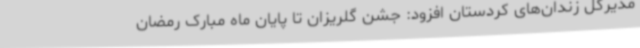
مدیرکل زندان‌های کردستان افزود: جشن گلریزان تا پایان ماه مبارک رمضان